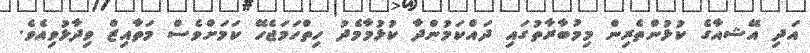
އަދި އޭޝއާގެ ކުޅުންތެރިން މިމުބާރާތުގައި ދައްކަމުންދާ ކުޅުމާމެދު ހިތްހަމަޖެހޭ ކަމަށްވެސް މަތާއިޒް ވިދާޅުވިއެވެ.